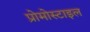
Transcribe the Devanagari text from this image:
प्रोमोस्टाइल